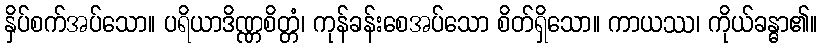
နှိပ်စက်အပ်သော။ ပရိယာဒိဏ္ဏစိတ္တံ၊ ကုန်ခန်းစေအပ်သော စိတ်ရှိသော။ ကာယဿ၊ ကိုယ်ခန္ဓာ၏။